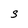
Character: S